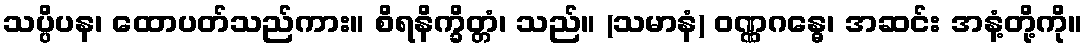
သပ္ပိပန၊ ထောပတ်သည်ကား။ စိရနိက္ခိတ္တံ၊ သည်။ (သမာနံ) ဝဏ္ဏဂန္ဓေ၊ အဆင်း အနံ့တို့ကို။